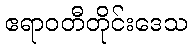
ဧရာဝတီတိုင်းဒေသ